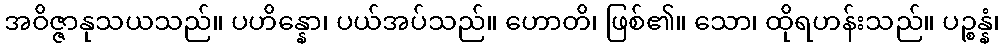
အဝိဇ္ဇာနုသယသည်။ ပဟိန္နော၊ ပယ်အပ်သည်။ ဟောတိ၊ ဖြစ်၏။ သော၊ ထိုရဟန်းသည်။ ပဉ္စန္နံ၊